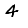
Digit: 4